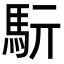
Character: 䭼